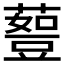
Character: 𰲇